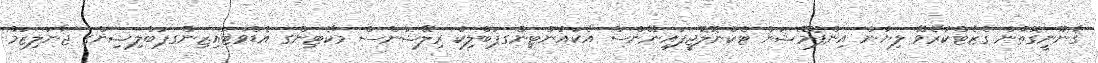
ޤާނޫނީގޮތުން ގެޒެޓްކުރެވޭ ލިޔުން އިންފޮމޭޝަން ޓެކްނޮލޮޖީފައިނޭންސް އެކައުންޓިންގޕަބްލިކް ރިލޭޝަންސް މާކެޓިންގ އެޑްވަޓައިޒިންގޕަބްލިޝިންގ ޖާނަލިޒަމް